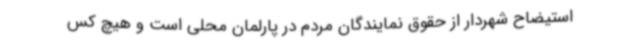
استیضاح شهردار از حقوق نمایندگان مردم در پارلمان محلی است و هیچ کس